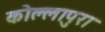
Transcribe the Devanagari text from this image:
कोल्लापुरा